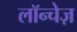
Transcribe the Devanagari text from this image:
लॉन्चेज़